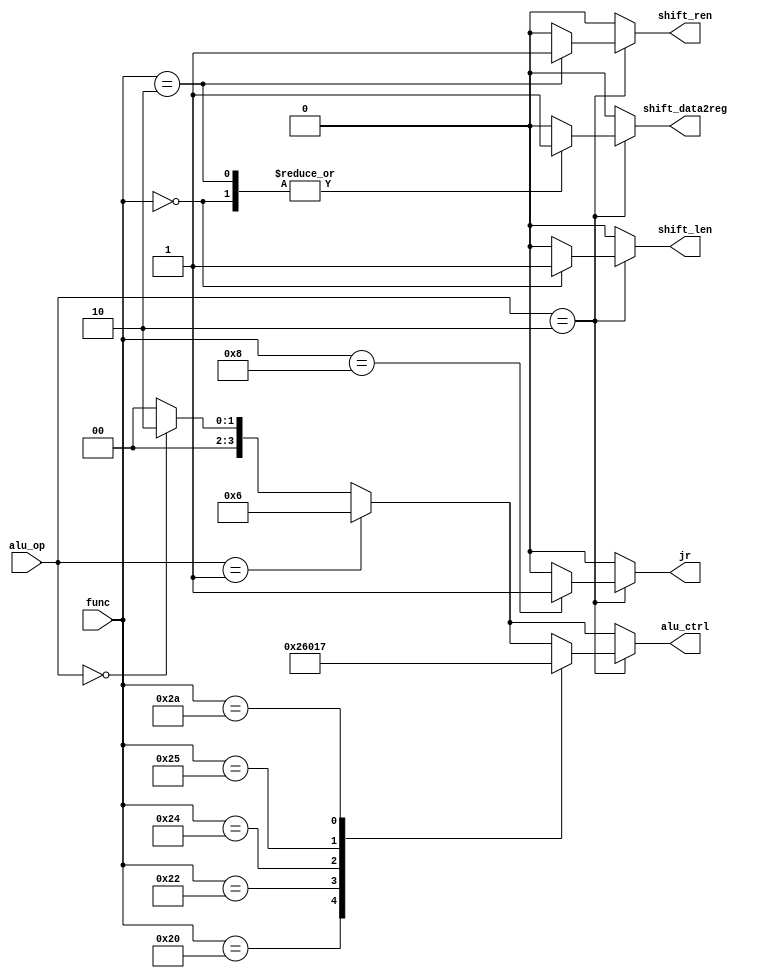
`timescale 1ns / 1ps
//////////////////////////////////////////////////////////////////////////////////
// Company: San Jose State University
// 
// Design Name: 
// Module Name:    alu_ctrl 
// Project Name: 
// Target Devices: 
// Tool versions: 
// Description: 
//
// Dependencies: 
//
// Revision: 
// Revision 0.01 - File Created
// Additional Comments: 
//
//////////////////////////////////////////////////////////////////////////////////
module alu_ctrl(
input [1:0] alu_op,
input [5:0] func,
output reg [3:0] alu_ctrl,
output reg jr,
output reg shift_ren,
output reg shift_len,
output reg shift_data2reg
);


always @(*)
begin
alu_ctrl = 4'b0000;
jr = 1'b0;
shift_ren = 0;
shift_len = 0;
shift_data2reg = 0;

if(alu_op == 2'b00)
alu_ctrl = 4'b0010; // load_word or store word
if(alu_op == 2'b01)
alu_ctrl = 4'b0110; // branch equal

if(alu_op == 2'b10 )
begin
   case(func)
	6'b100000 : alu_ctrl = 4'b0010; // ADD
	6'b100010 : alu_ctrl = 4'b0110; // SUB
	6'b100100 : alu_ctrl = 4'b0000; //AND
	6'b100101 : alu_ctrl = 4'b0001; //OR
	6'b101010 : alu_ctrl = 4'b0111; //SLT
	6'b001000 : jr = 1'b1;
	6'b000000 : begin shift_len = 1; shift_data2reg = 1; end
	6'b000010 : begin shift_ren = 1; shift_data2reg = 1; end
	endcase
end
end
 
endmodule